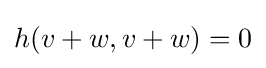
h(v+w,v+w)=0